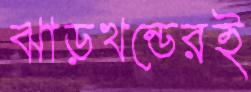
ঝাড়খন্ডেরই